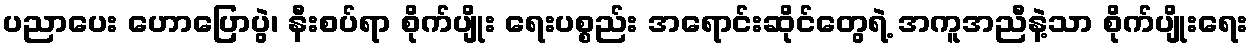
ပညာပေး ဟောပြောပွဲ၊ နီးစပ်ရာ စိုက်ပျိုး ရေးပစ္စည်း အရောင်းဆိုင်တွေရဲ့ အကူအညီနဲ့သာ စိုက်ပျိုးရေး